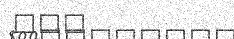
١٦٦